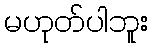
မဟုတ်ပါဘူး